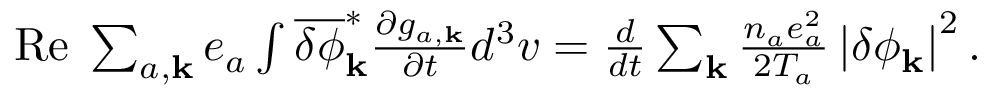
\begin{array} { r } { \mathrm { R e } \; \sum _ { a , { \bf k } } e _ { a } \int \overline { { \delta \phi } } _ { \bf k } ^ { \ast } \frac { \partial g _ { a , { \bf k } } } { \partial t } d ^ { 3 } v = \frac { d } { d t } \sum _ { \bf k } \frac { n _ { a } e _ { a } ^ { 2 } } { 2 T _ { a } } \left| \delta \phi _ { \bf k } \right| ^ { 2 } . } \end{array}